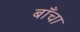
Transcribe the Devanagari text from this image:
बाँचा